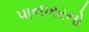
પાનખરનો